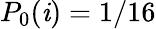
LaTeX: P_{0}(\mathit{i})=1/16